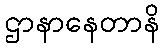
ဌာနာနေတာနိ